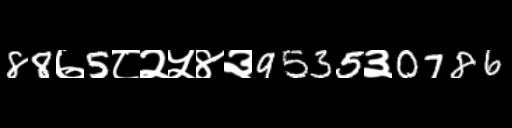
Text: 88७5८२५४३9535३0786